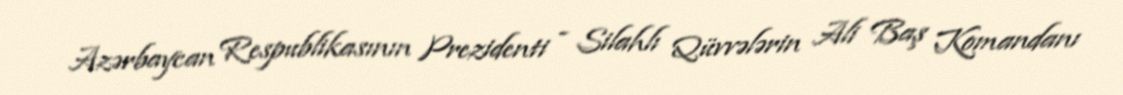
Azərbaycan Respublikasının Prezidenti - Silahlı Qüvvələrin Ali Baş Komandanı